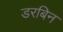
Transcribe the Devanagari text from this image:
डरबिन